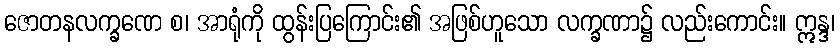
ဇောတနလက္ခဏေ စ၊ အာရုံကို ထွန်းပြကြောင်း၏ အဖြစ်ဟူသော လက္ခဏာ၌ လည်းကောင်း။ ဣန္ဒ၊